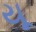
યૂ